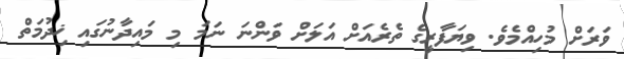
ވަރަށް މުހިއްމެވެ. ވިޔަފާރީގެ ތެރެއަށް އަލަށް ވަންނަ ނަމަ މި މައިދާނުގައި ޚިދުމަތް